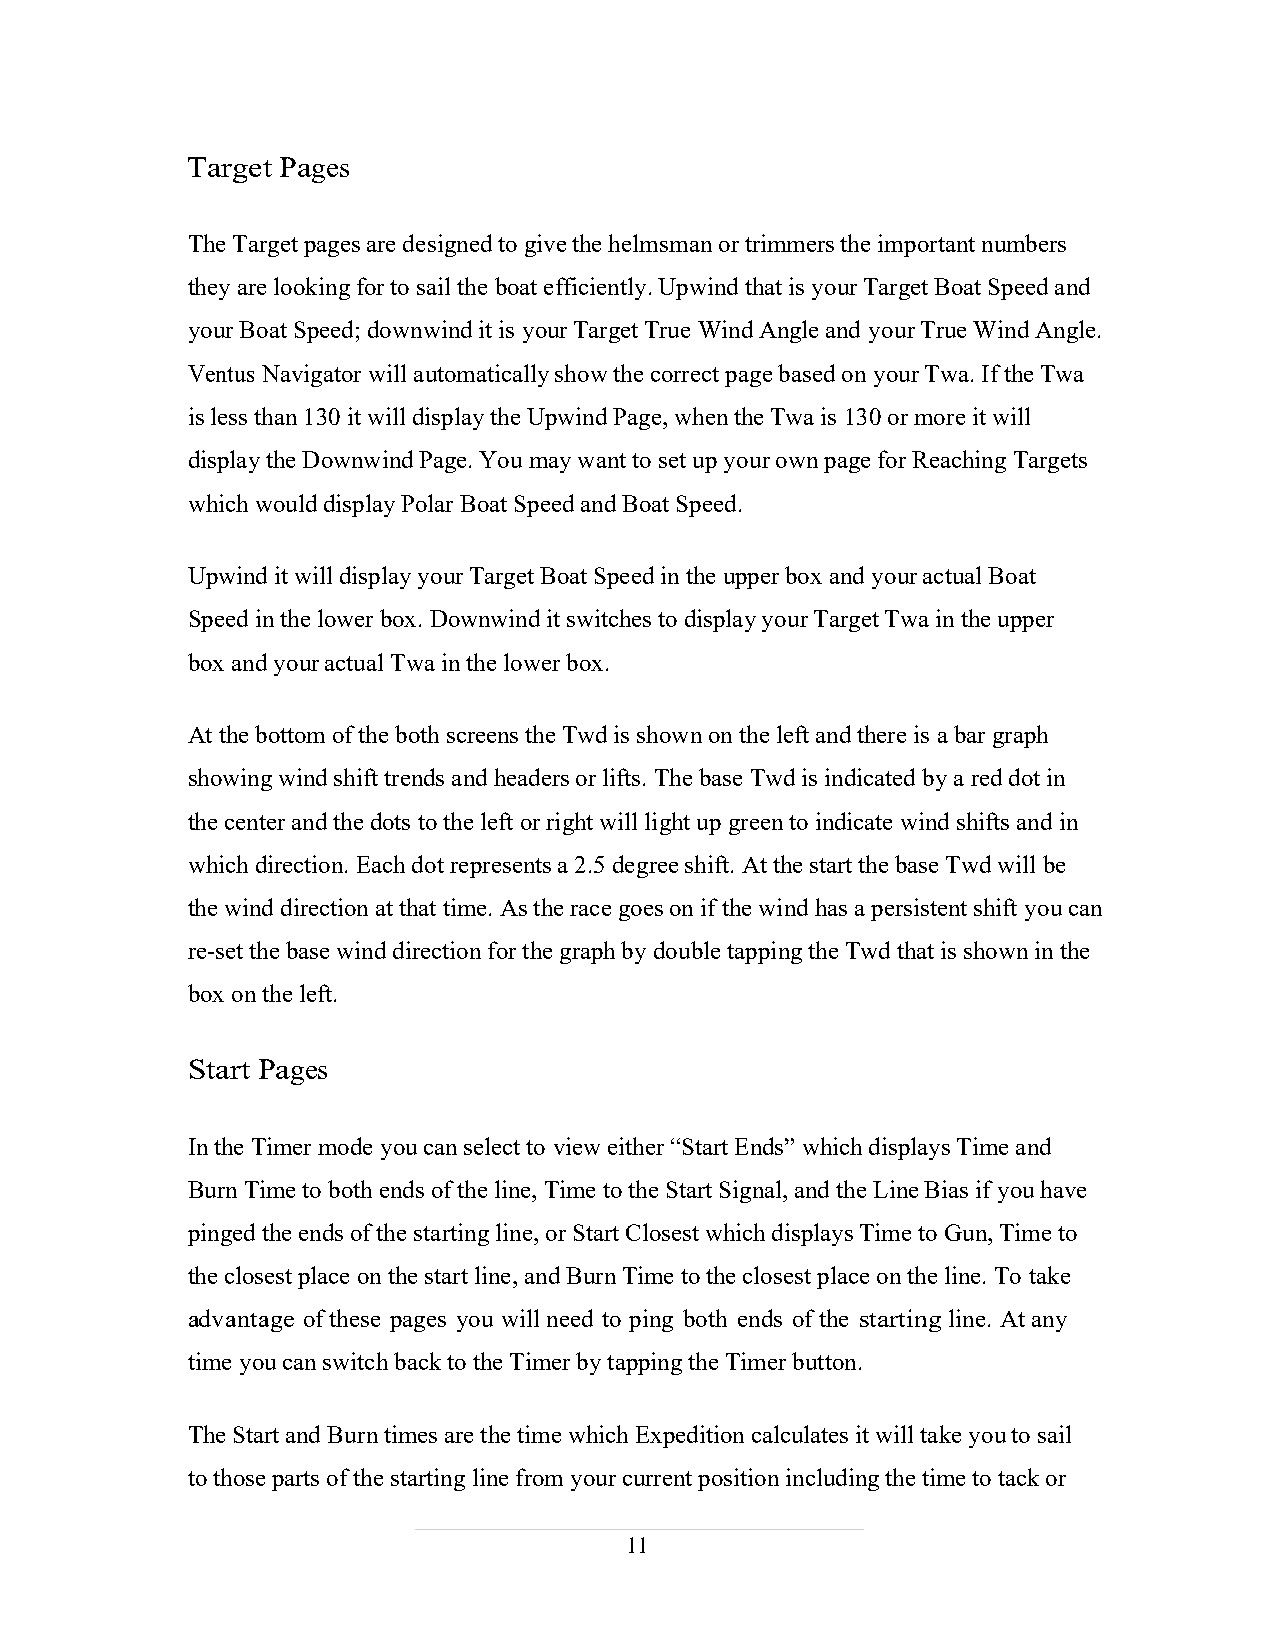
Target Pages
 The Target pages are designed to give the helmsman or trimmers the important numbers
 they are looking for to sail the boat efficiently. Upwind that is your Target Boat Speed and
 your Boat Speed; downwind it is your Target True Wind Angle and your True Wind Angle.
 Ventus Navigator will automatically show the correct page based on your Twa. If the Twa
 is less than 130 it will display the Upwind Page, when the Twa is 130 or more it will
 display the Downwind Page. You may want to set up your own page for Reaching Targets
 which would display Polar Boat Speed and Boat Speed.
 Upwind it will display your Target Boat Speed in the upper box and your actual Boat
 Speed in the lower box. Downwind it switches to display your Target Twa in the upper
 box and your actual Twa in the lower box.
 At the bottom of the both screens the Twd is shown on the left and there is a bar graph
 showing wind shift trends and headers or lifts. The base Twd is indicated by a red dot in
 the center and the dots to the left or right will light up green to indicate wind shifts and in
 which direction. Each dot represents a 2.5 degree shift. At the start the base Twd will be
 the wind direction at that time. As the race goes on if the wind has a persistent shift you can
 re-set the base wind direction for the graph by double tapping the Twd that is shown in the
 box on the left.
 Start Pages
 In the Timer mode you can select to view either “Start Ends” which displays Time and
 Burn Time to both ends of the line, Time to the Start Signal, and the Line Bias if you have
 pinged the ends of the starting line, or Start Closest which displays Time to Gun, Time to
 the closest place on the start line, and Burn Time to the closest place on the line. To take
 advantage of these pages you will need to ping both ends of the starting line. At any
 time you can switch back to the Timer by tapping the Timer button.
 The Start and Burn times are the time which Expedition calculates it will take you to sail
 to those parts of the starting line from your current position including the time to tack or
 11
 11